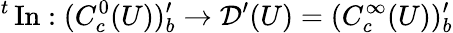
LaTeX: {}^{t}\operatorname{In}:(C_{c}^{0}(U))_{b}^{\prime}\to{\mathcal{D}}^{\prime}(U)=(C_{c}^{\infty}(U))_{b}^{\prime}